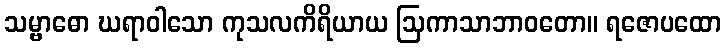
သမ္ဗာဓော ဃရာဝါသော ကုသလကိရိယာယ ဩကာသာဘာဝတော။ ရဇောပထော